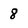
Character: 8